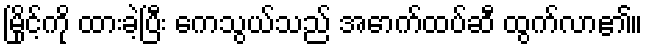
မြိုင့်ကို ထားခဲ့ပြီး ကေသွယ်သည် အောက်ထပ်ဆီ ထွက်လာ၏။